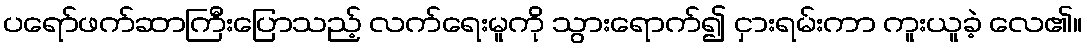
ပရော်ဖက်ဆာကြီးပြောသည့် လက်ရေးမူကို သွားရောက်၍ ငှားရမ်းကာ ကူးယူခဲ့ လေ၏။